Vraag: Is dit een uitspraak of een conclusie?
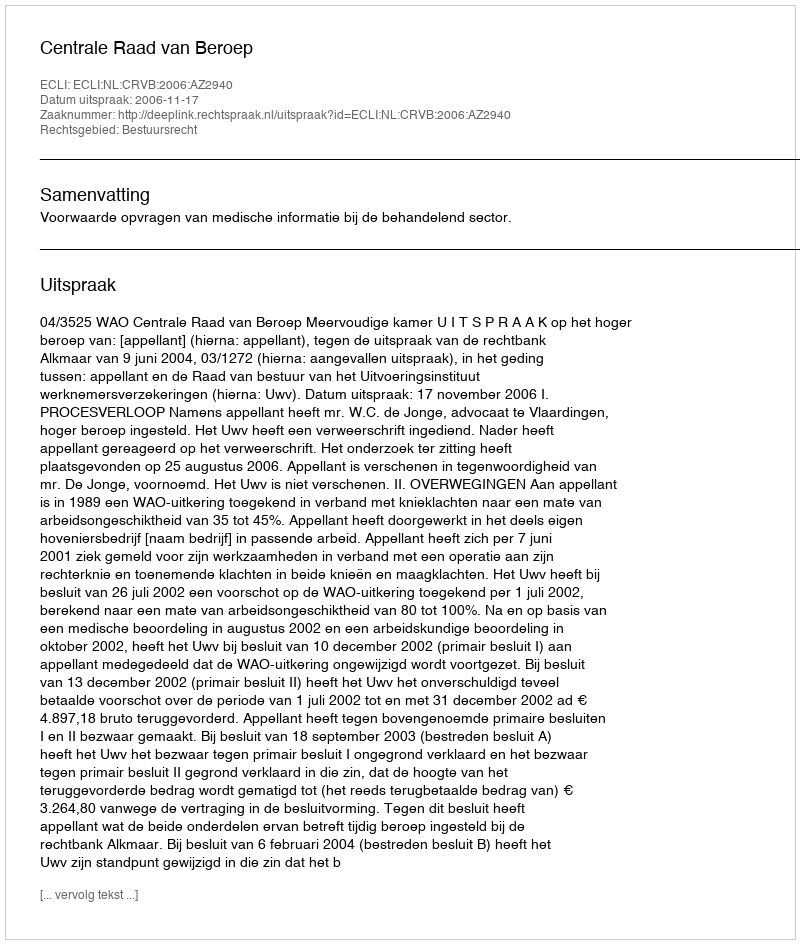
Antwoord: Uitspraak